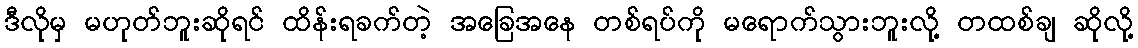
ဒီလိုမှ မဟုတ်ဘူးဆိုရင် ထိန်းရခက်တဲ့ အခြေအနေ တစ်ရပ်ကို မရောက်သွားဘူးလို့ တထစ်ချ ဆိုလို့